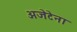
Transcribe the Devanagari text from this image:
अजेटेना